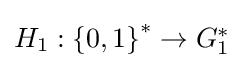
\textstyle H_{1}:\left\{0,1\right\}^{*}\rightarrow G_{1}^{*}